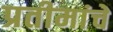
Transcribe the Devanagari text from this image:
प्रतीमांचे